Vaccination United Provinces of Agra and Oudh 1902-1913 - 1902-1913
Year: 1902
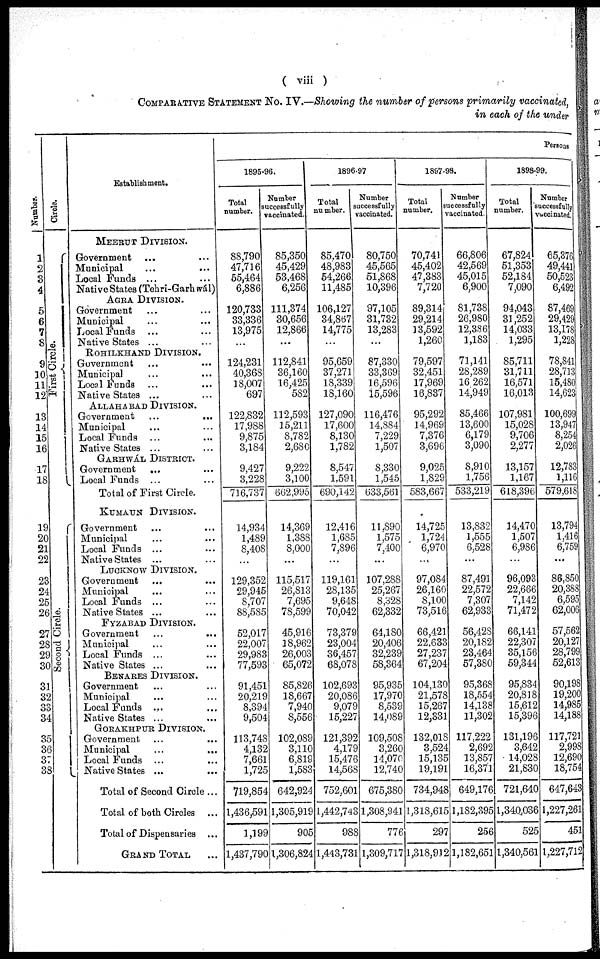
( viii )
COMPARATIVE STATEMENT No. IV.—Showing the number of persons primarily vaccinated,
in each of the under
Number.
1
2
3
4
5
6
7
8
9
10
11
12
13
14
15
16
17
18
19
20
21
22
23
24
25
26
27
28
29
30
31
32
33
34
35
36
37
38
Circle.
First Circle.
Second Circle.
Establishment.
MEERUT DIVISION.
Government ... ...
Municipal ... ...
Local Funds ... ...
Native States (Tehri-Garhwál)
AGRA DIVISION.
Government
...
...
Municipal ... ...
Local Funds ... ...
Native States ... ...
ROHILKHAND DIVISION.
Government ... ...
Municipal ... ...
Local Funds ... ...
Native States ... ...
ALLAHABAD DIVISION.
Government
...
...
Municipal ... ...
Local Funds ... ...
Native States ... ...
GARHWÁL DIVISION.
Government
... ...
Local Funds ... ...
Total of First Circle.
KUMAUN DIVISION.
Government ... ...
Municipal ... ...
Local Funds ... ...
Native States ... ...
LUCKNOW DIVISION.
Government ... ...
Municipal ... ...
Local Funds ... ...
Native States ... ...
FYZABAD DIVISION.
Government ... ...
Municipal ... ...
Local Funds ... ...
Native States ... ...
BENARES DIVISION.
Government ... ...
Municipal ... ...
Local Funds ... ...
Native States ... ...
GORAKHPUR DIVISION.
Government ...
...
Municipal ... ...
Local Funds ... ...
Native States ... ...
Total of Second Circle ...
Total of both Circles ...
Total of Dispensaries ...
GRAND TOTAL ...
Persons
1895-96.
Total
number.
88,790
47,716
55,464
6,886
120,733
33,336
13,975
...
124,231
40,368
18,007
697
122,832
17,988
9,875
3,184
9,427
3,228
716,737
14,934
1,489
8,408
...
129,352
29,945
8,707
88,585
52,017
22,007
29,983
77,593
91,451
20,219
8,394
9,504
113,748
4,132
7,661
1,725
719,854
1,436,591
1,199
1,437,790
Number
successfully
vaccinated.
85,350
45,429
53,468
6,256
111,374
30,656
12,866
...
112,841
36,160
16,425
582
112,593
15,211
8,782
2,680
9,222
3,100
662,995
14,369
1,388
8,000
...
115,517
26,813
7,695
78,599
45,916
18,962
26,003
65,072
85,826
18,667
7,940
8,556
102,089
3,110
6,819
1,583
642,924
1,305,919
905
1,306,824
1896-97
Total
number.
85,4701
48,983
54,266
11,485
106,127
34,867
14,775
...
95,659
37,271
18,339
18,160
127,090
17,600
8,130
1,782
8,547
1,591
690,142
12,416
1,685
7,896
...
119,161
28,135
9,648
70,042
73,379
23,004
36,457
68,078
102,693
20,086
9,079
15,227
121,392
4,179
15,476
14,568
752,601
1,442,743
988
1,443,731
Number
successfully
vaccinated.
80,750
45,565
51,868
10,396
97,105
31,732
13,283
...
87,330
33,369
16,596
15,596
116,476
14,884
7,229
1,507
8,330
1,545
633,561
11,890
1,575
7,400
...
107,288
25,267
8,328
62,332
64,180
20,406
32,239
58,364
95,935
17,970
8,539
14,089
109,508
3,260
14,070
12,740
675,380
1,308,941
776
1,309,717
1897-98.
Total
number.
70,741
45,402
47,383
7,720
89,314
29,214
13,592
1,260
79,597
32,451
17,969
16,837
95,292
14,969
7,376
3,696
9,025
1,829
583,667
14,725
1,724
6,970
...
97,084
26,160
8,100
73,516
66,421
22,633
27,237
67,204
104,130
21,578
15,267
12,331
132,018
3,524
15,135
19,191
734,948
1,318,615
297
1,318,912
Number
successfully
vaccinated.
66,806
42,569
45,015
6,900
81,738
26,980
12,386
1,183
71,141
28,289
16,262
14,949
85,466
13,600
6,179
3,090
8,910
1,756
533,219
13,832
1,555
6,528
...
87,491
22,572
7,307
62,933
56,428
20,182
23,464
57,380
95,368
18,554
14,138
11,302
117,222
2,692
13,857
16,371
649,176
1,182,395
256
1,182,651
1898-99.
Total
number.
67,824
51,353
52,184
7,090
94,043
31,252
14,033
1,295
85,711
31,711
16,571
16,013
107,981
15,028
9,706
2,277
13,157
1,167
618,396
14,470
1,507
6,986
...
96,093
22,666
7,142
71,472
66,141
22,307
35,156
59,344
95,834
20,818
15,612
15,396
131,196
3,642
14,028
21,830
721,640
1,340,036
525
1,340,561
Number
successfully
vaccinated.
65,376
49,441
50,523
6,492
87,469
29,429
13,178
1,228
78,841
28,713
15,480
14,623
100,699
13,947
8,254
2,026
12,783
1,116
579,618
13,794
1,416
6,759
...
86,850
20,388
6,595
62,006
57,562
20,127
28,799
52,613
90,198
19,200
14,985
14,188
117,721
2,998
12,690
18,754
647,643
1,227,261
451
1,227,712